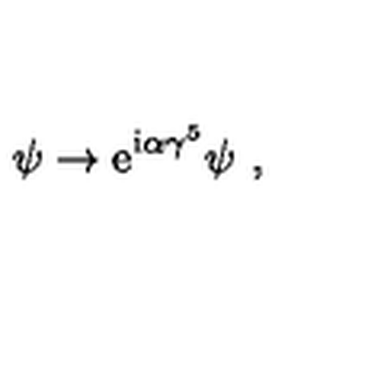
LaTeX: \psi \to \mathrm { e } ^ { \mathrm { i } \alpha \gamma ^ { 5 } } \psi \ ,